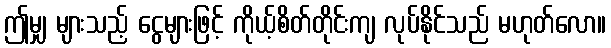
ဤမျှ များသည့် ငွေများဖြင့် ကိုယ့်စိတ်တိုင်းကျ လုပ်နိုင်သည် မဟုတ်လော။